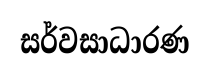
සර්වසාධාරණ